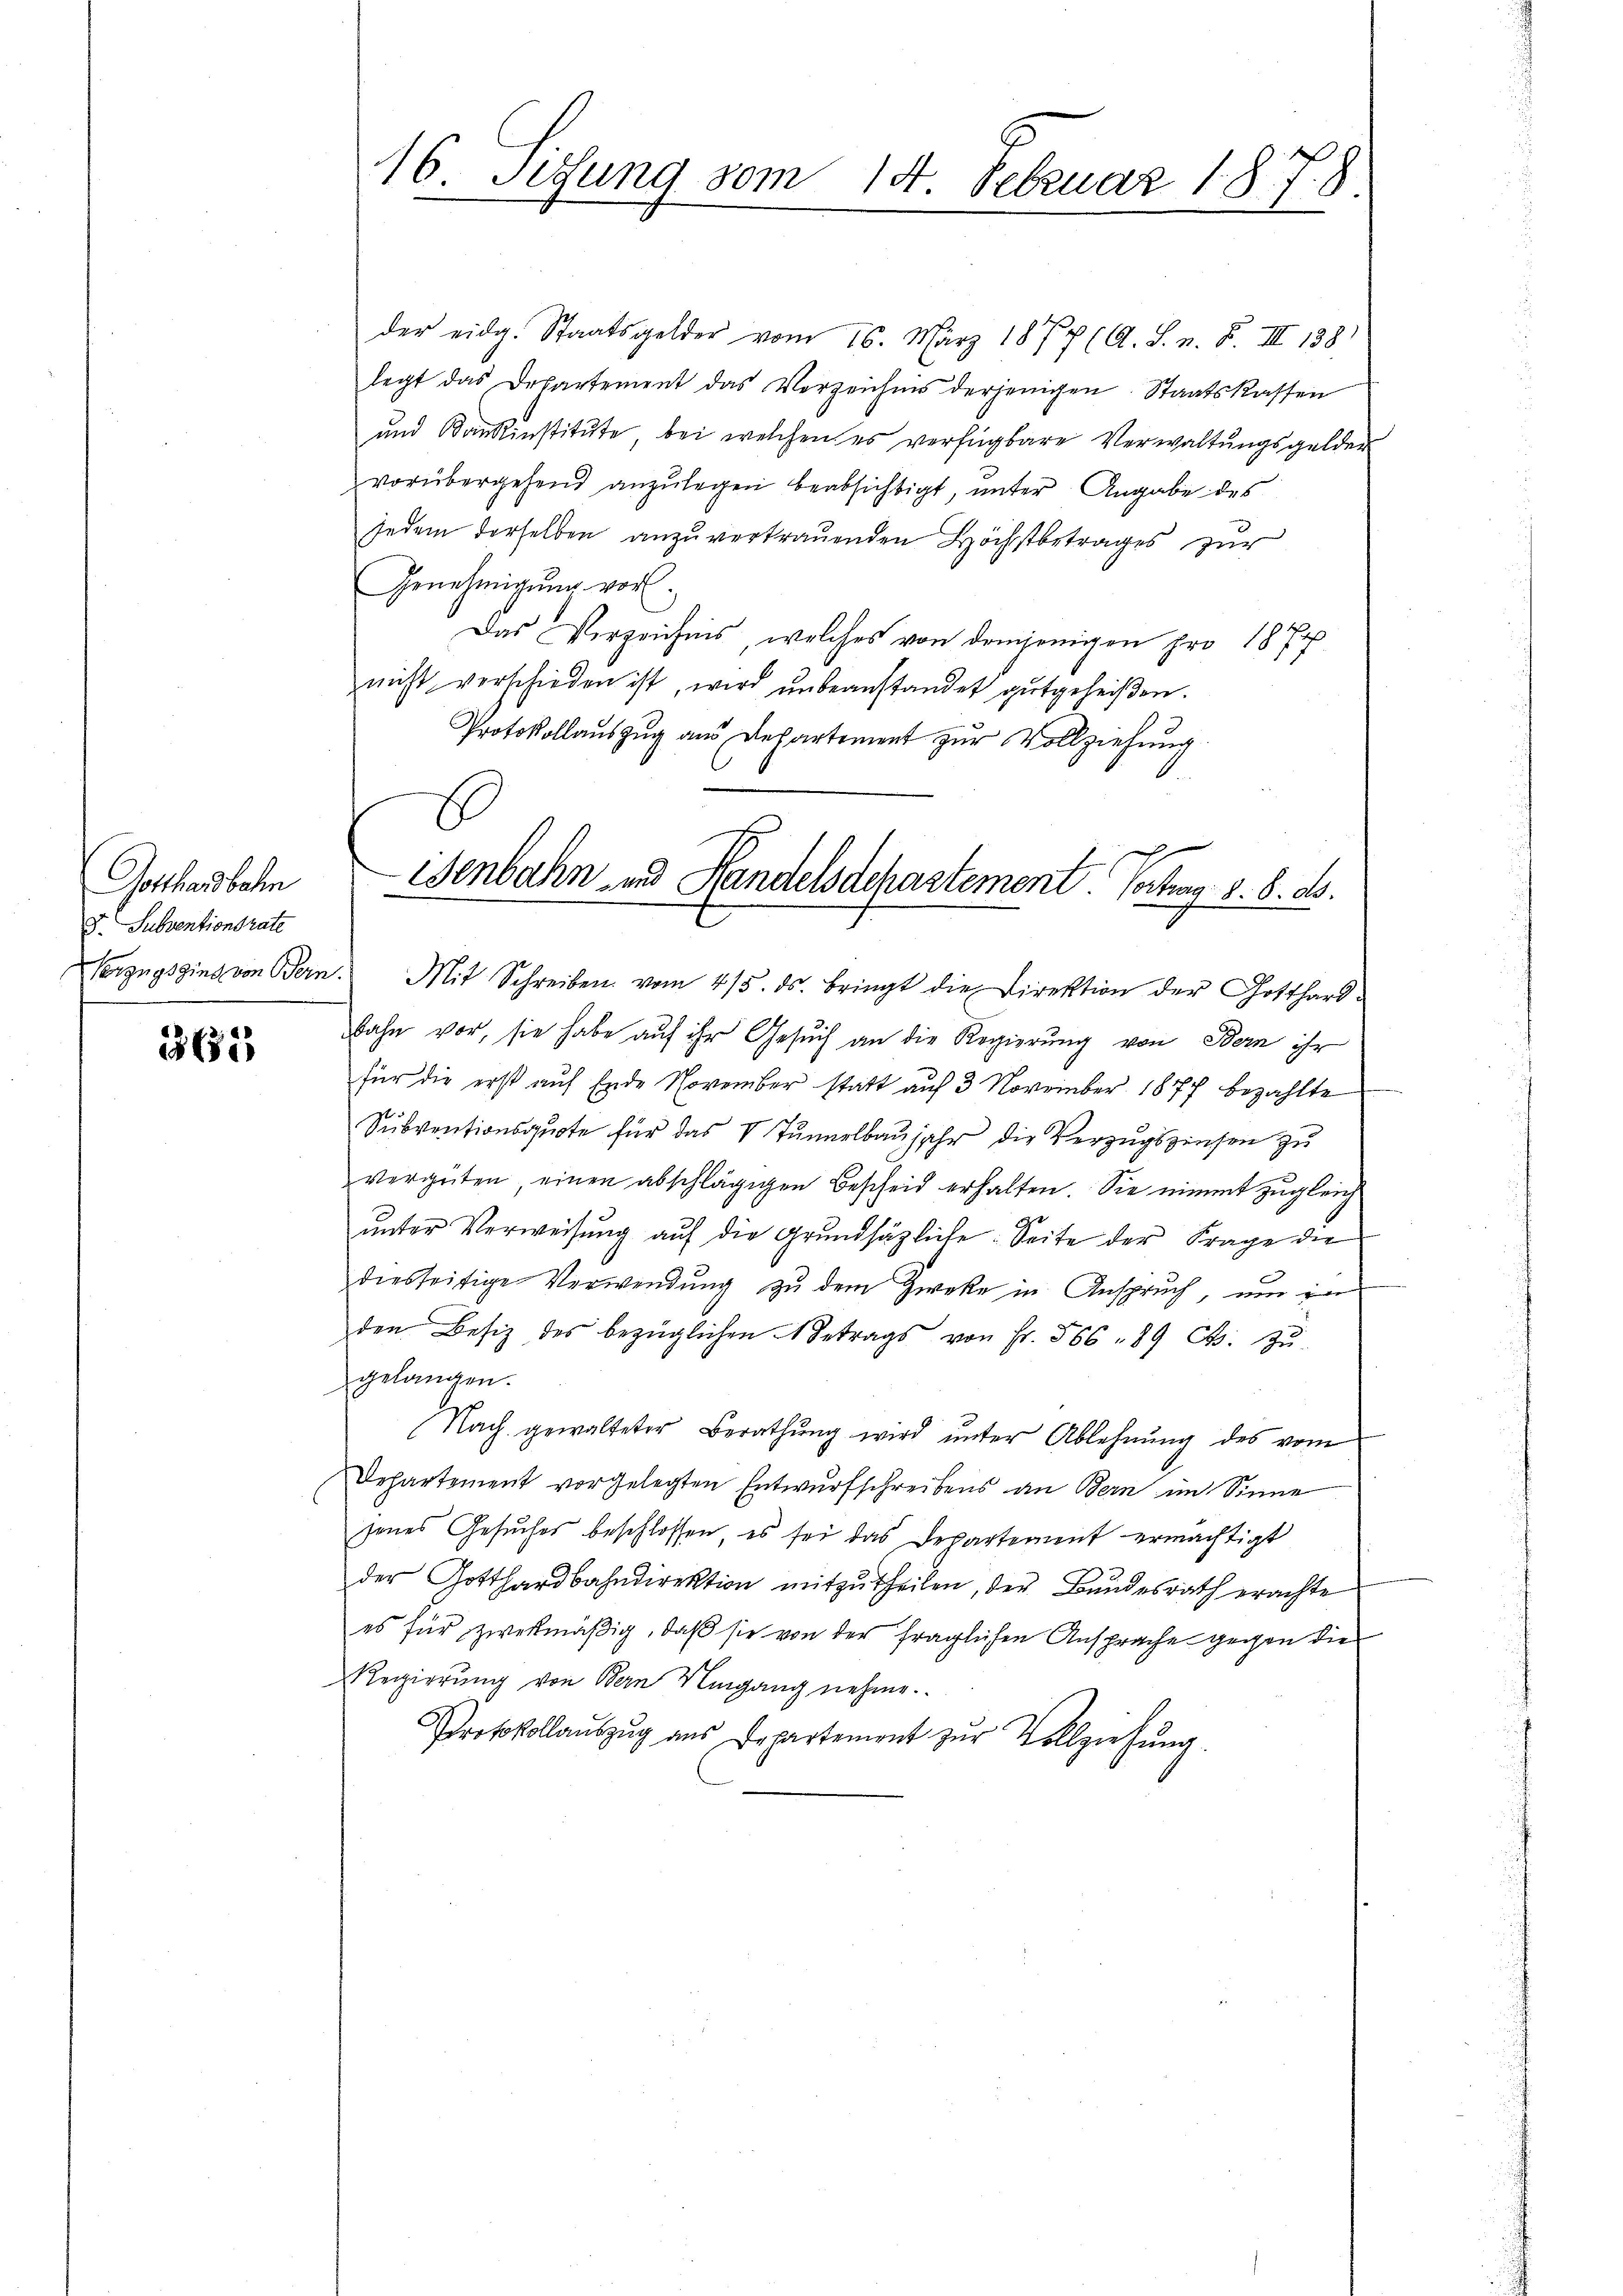
Gotthardbahn
F. Subventionsrate

362

16. Sitzung vom 14. Februar 1878.

der eidg. Staatsgelder vom 16. März 1877 (A. S. n. F. III 138
legt das Departement das Verzeichnis derjenigen Staatskassen
und Dankinstitute, bei welchen es verfügbare Verwaltungsgelder
vorübergehend anzulegen beabsichtigt, unter Angabe des
jedem derselben anzuvertrauenden Höchstbetrages zur
Genehmigung vor.
Das Verzeichnis, welches von demjenigen pro 1877
nicht verschieden ist, wird ŭnbeanstandet gutgeheißen.
Protokollaŭszŭg aŭs Departement zŭr Vollziehŭng
E

7
Wenbahn und Handelsdchartement. Vortrag 8. 8. ds.
Verzugsging von Bern. Mit Schreiben vom 4/5. ds. bringt die Direktion der Gotthard-

bahn vor, sie habe auf ihr Gesuch an die Regierung von Bern ihr
für die erst auf Ende November statt auf 3 November 1877 bezahlte
Subventionsquote für das V Tunnelbaujahr die Verzugszinsen zu
vergüten, einen abschlägigen Bescheid erhalten. Sie nimmt zugleich
ŭnter Verweisŭng aŭf die Grŭndsätzliche: Seite der Frage die
diesseitige Verwendŭng zŭ dem Zweke in Ansprŭch ŭm in
den Besiz des bezüglichen Betrags von Fr. 566 - 89 Cts. Zŭ-
gelangen.
Nach gewalteter Berathung wird unter Ablehnung des vom
Departement vorgelegten Entwurfschreibens an Bern im Sinne
senes Gesuches beschlossen, es sei das Departement ermächtigt
der Gotthardbahndirektion mitzutheilen, der Bundesrath erachte
es für zweckmäßig, daß sie von der fraglichen Ansprache gegen die
Regierung von Bern Umgang nehme.
Protokollaŭszŭg aŭs Departement zŭr Vollziehŭng.